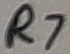
Text: R7